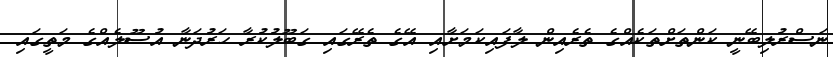
ނަސްރުލިބޭނީ ކަންތަށްތަކެއްގެ ތެރެއިން ލާފައިކަމަށާއި އޭގެ ތެރޭގައި ގަބޫލުކުރާ ހަރުދަނާ އުސޫލެއްގެ މަތީގައި